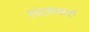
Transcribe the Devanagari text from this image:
स्पंदनांपासून